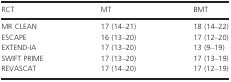
<table><thead><tr><td><b>RCT</b></td><td><b>MT</b></td><td><b>BMT</b></td></tr></thead><tbody><tr><td>MR CLEAN</td><td>17 (14–21)</td><td>18 (14–22)</td></tr><tr><td>ESCAPE</td><td>16 (13–20)</td><td>17 (12–20)</td></tr><tr><td>EXTEND‐IA</td><td>17 (13–20)</td><td>13 (9–19)</td></tr><tr><td>SWIFT PRIME</td><td>17 (13–20)</td><td>17 (13–19)</td></tr><tr><td>REVASCAT</td><td>17 (14–20)</td><td>17 (12–19)</td></tr></tbody></table>